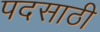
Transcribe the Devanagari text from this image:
पदसाठी